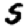
Digit: 5